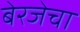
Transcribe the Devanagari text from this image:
बेरजेचा